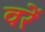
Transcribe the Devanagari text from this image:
वरें